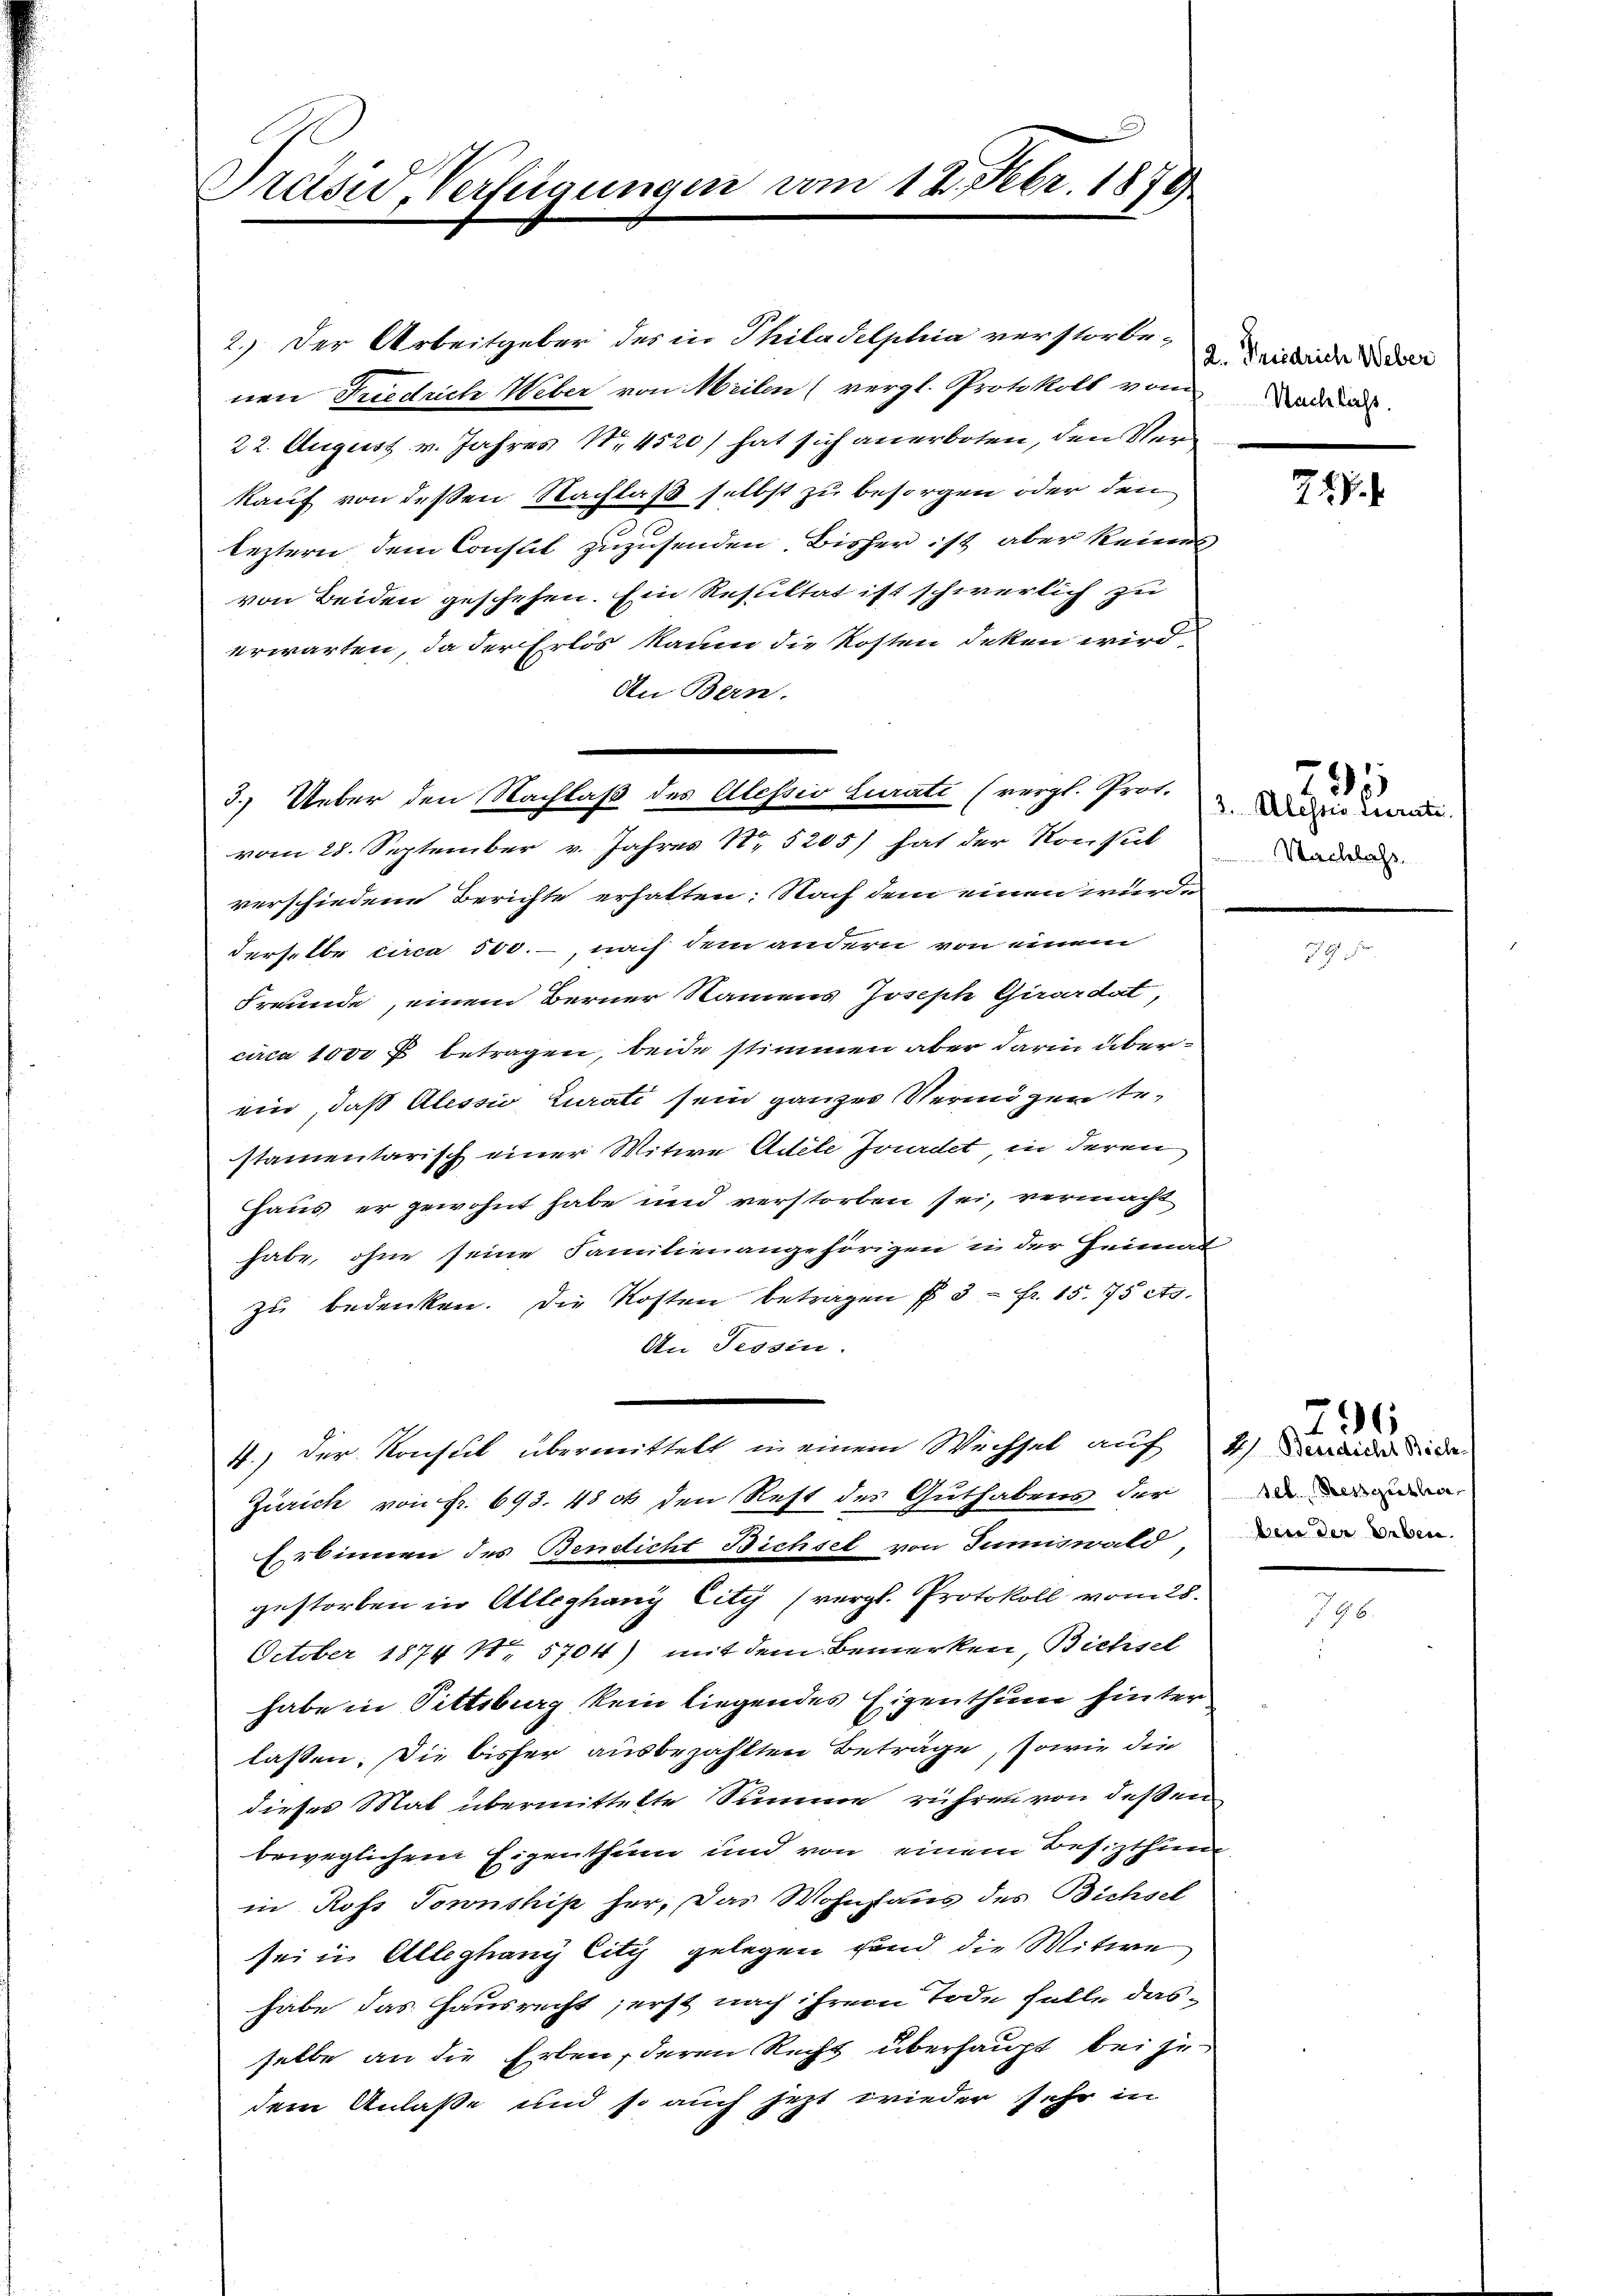
Präsid, Verfügungen vom 12. Febr. 1878

2.) Der Arbeitgeber des in Philadelphia verstorbe-
nen Friedrich Weber von Meilen (vergl. Protokoll vom
22. August v. Jahres Nr. 4520) hat sich anerboten, den Verkauf von deßen Nachlaß selbst zu besorgen oder den
leztern dem Consul zuzusenden. Bisher ist aber keines
von Beiden geschehen. Ein Resultat ist schwerlich zu
erwarten, da der Erlös kaum die Kosten deken wird
An Bern.
vom 28. September v. Jahres No 5205) hat der Konsul
verschiedene Berichte erhalten: Nach dem einen würde
derselbe circa 500.-, nach dem andern von einem
Freunde, einem Berner Namens Joseph Girardat,
circa 1000 f betragen, beide stimmen aber darin überein, daß Alessio Curati sein ganzes Vermögen erstamentarisch einer Witwe Adele Jourdet, in deren
Haus er gewohnt habe und verstorben sei, vermacht
habe, ohne seine Familienangehörigen in der Heimat
zu bedenken. Die Kosten betragen § 3 fr. 15. 75 Ag.
An Tessin.
4.) Der Konsul übermittelt in einem Wechsel auf 4) Die die de
Zürich von Fr. 693. 48 ot den Rest des Guthabens der
Erbinnen des Bendicht Bichsel von Summiswald
gestorben in Alleghany City (vergl. Protokoll vom 28.
October 1874 N. 5704) mit dem Bemerken, Bichsel
habe in Pittsburg kein liegendes Eigenthum hinterlassen. Die bisher ausbezahlten Beträge, sowie die
dieses Mal übermittelte Summe rühren von deßen
beweglichem Eigenthum und von einem Besizthun
in Rofs Tornshis her. Das Wohnhaus des Bichsel
sei in Alleghang City gelegen sind, die Witwe
habe das Hausrecht; erst nach ihrem Tode fülle dasselbe an die Erben, deren Recht überhaupt bei zu
dem Anlaße und so auch jezt wieder sehr in

3.) Ueber den Nachlaß des Alessio Curati (vergl. Prot.

2. Friedrich Weber
Nachlicht.

72.

3. Alessis Terrate.
Nachlass

795

sel. Dessgutha
bern der Erben.

2